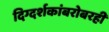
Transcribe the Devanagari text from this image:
दिग्दर्शकांबरोबरही